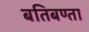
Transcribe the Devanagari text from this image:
बतिबण्ता